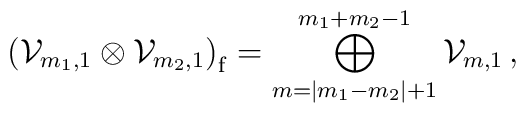
\left({\cal V}_{m_1,1}\otimes{\cal V}_{m_2,1}\right)_{\mathrm f} =     \bigoplus_{m=|m_1-m_2|+1}^{m_1+m_2-1} {\cal V}_{m,1} \,,